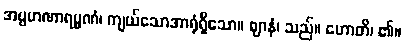
အပ္ပမာဏာရမ္မဏံ၊ ကျယ်သောအာရုံရှိသော။ ဈာနံ၊ သည်။ ဟောတိ၊ ၏။